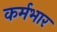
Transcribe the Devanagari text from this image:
कर्मभार